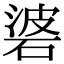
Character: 碆